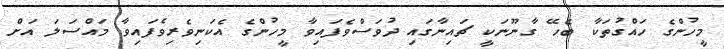
މީހުންގެ ހައްގުތަކާ ބެހޭ ގާނޫނަކީ ޗައިނާގައި ދުވަސްވެފައިވާ މީހުންގެ އެކަނިވެރިވެފައިވާ މައްސަލަ އަށް